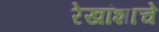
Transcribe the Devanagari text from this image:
रेखांशाचे